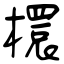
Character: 檈